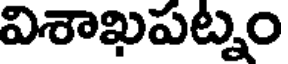
విశాఖపట్నం